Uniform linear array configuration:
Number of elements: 12
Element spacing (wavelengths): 1
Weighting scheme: cosine
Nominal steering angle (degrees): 0
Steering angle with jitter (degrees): -1.088
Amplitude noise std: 0.05
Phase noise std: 0.05

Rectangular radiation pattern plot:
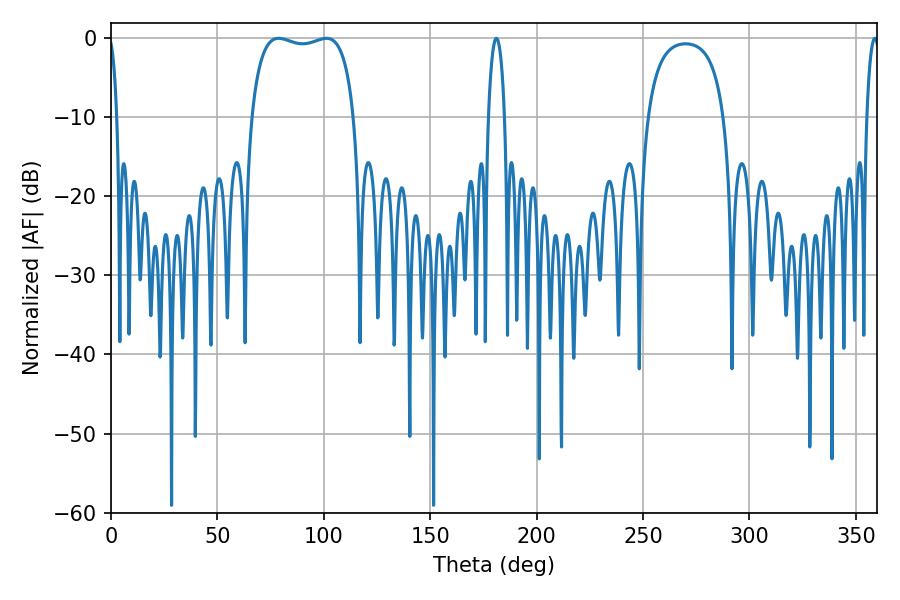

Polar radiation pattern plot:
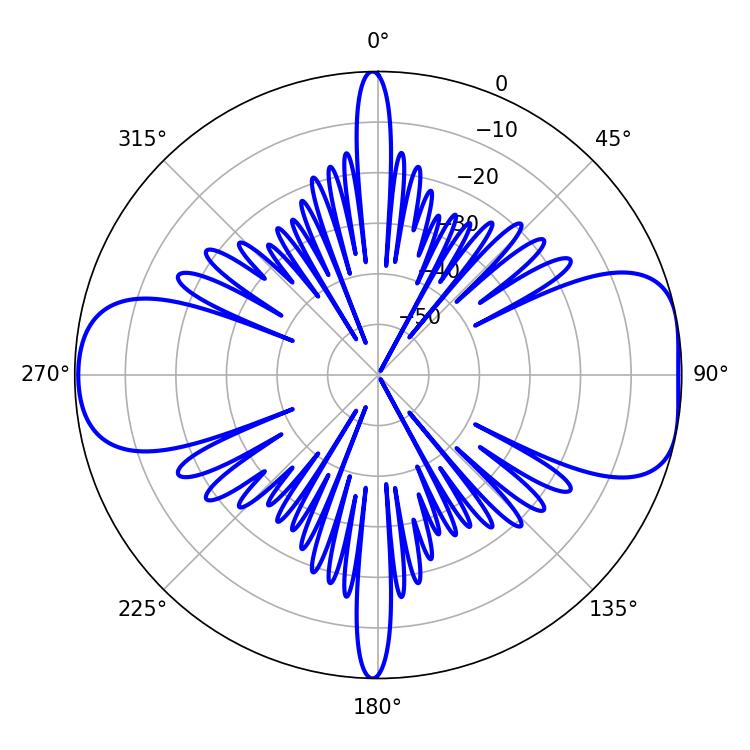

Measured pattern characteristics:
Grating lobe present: TRUE
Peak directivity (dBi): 8.633
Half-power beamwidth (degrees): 39.24
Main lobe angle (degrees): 78.84